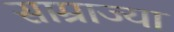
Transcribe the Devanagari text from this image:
साम्राज्या